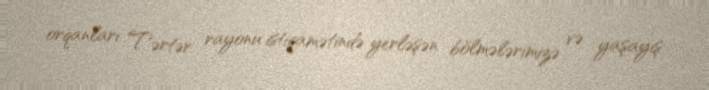
orqanları Tərtər rayonu istiqamətində yerləşən bölmələrimizə və yaşayış